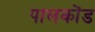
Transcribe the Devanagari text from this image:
पालकोंड